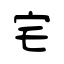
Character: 宅